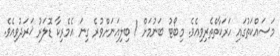
މަސައްކަތުގައި ހަރަކާތްތެރިވިއެވެ. މިބޯޓު ބަނުމަށް 1 ބިލިއަނަށްވުރެ ގިނަ އެމެރިކާ ޑޮލަރު ޚަރަދުވިއެވެ.